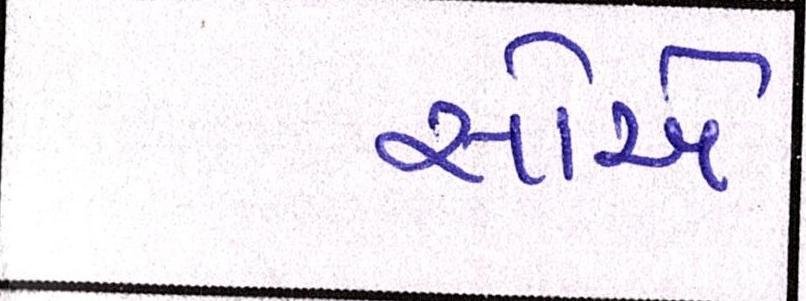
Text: સોએ